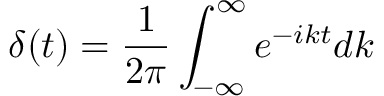
\delta ( t ) = \frac { 1 } { 2 \pi } \int _ { - \infty } ^ { \infty } e ^ { - i k t } d k